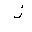
Letter: _zay